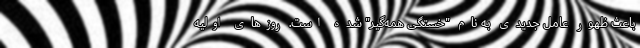
باعث ظهور عامل جدیدی به نام "خستگی همه‌گیر" شده است. روزهای اولیه